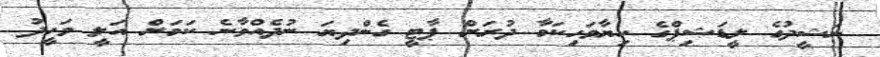
ނަޝީދުގެ ލީޑަޝިޕްގެ ހިޔާވަހިކަމާ ދުރަށް ޕާޓީ ގެންދިޔަ ނުދެއްވާނެ ކަމަށް އަލީ ވަހީދު